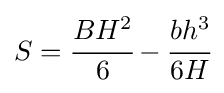
S={\cfrac {BH^{2}}{6}}-{\cfrac {bh^{3}}{6H}}